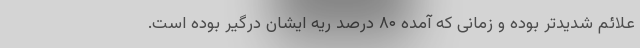
علائم شدیدتر بوده و زمانی که آمده ۸۰ درصد ریه ایشان درگیر بوده است.